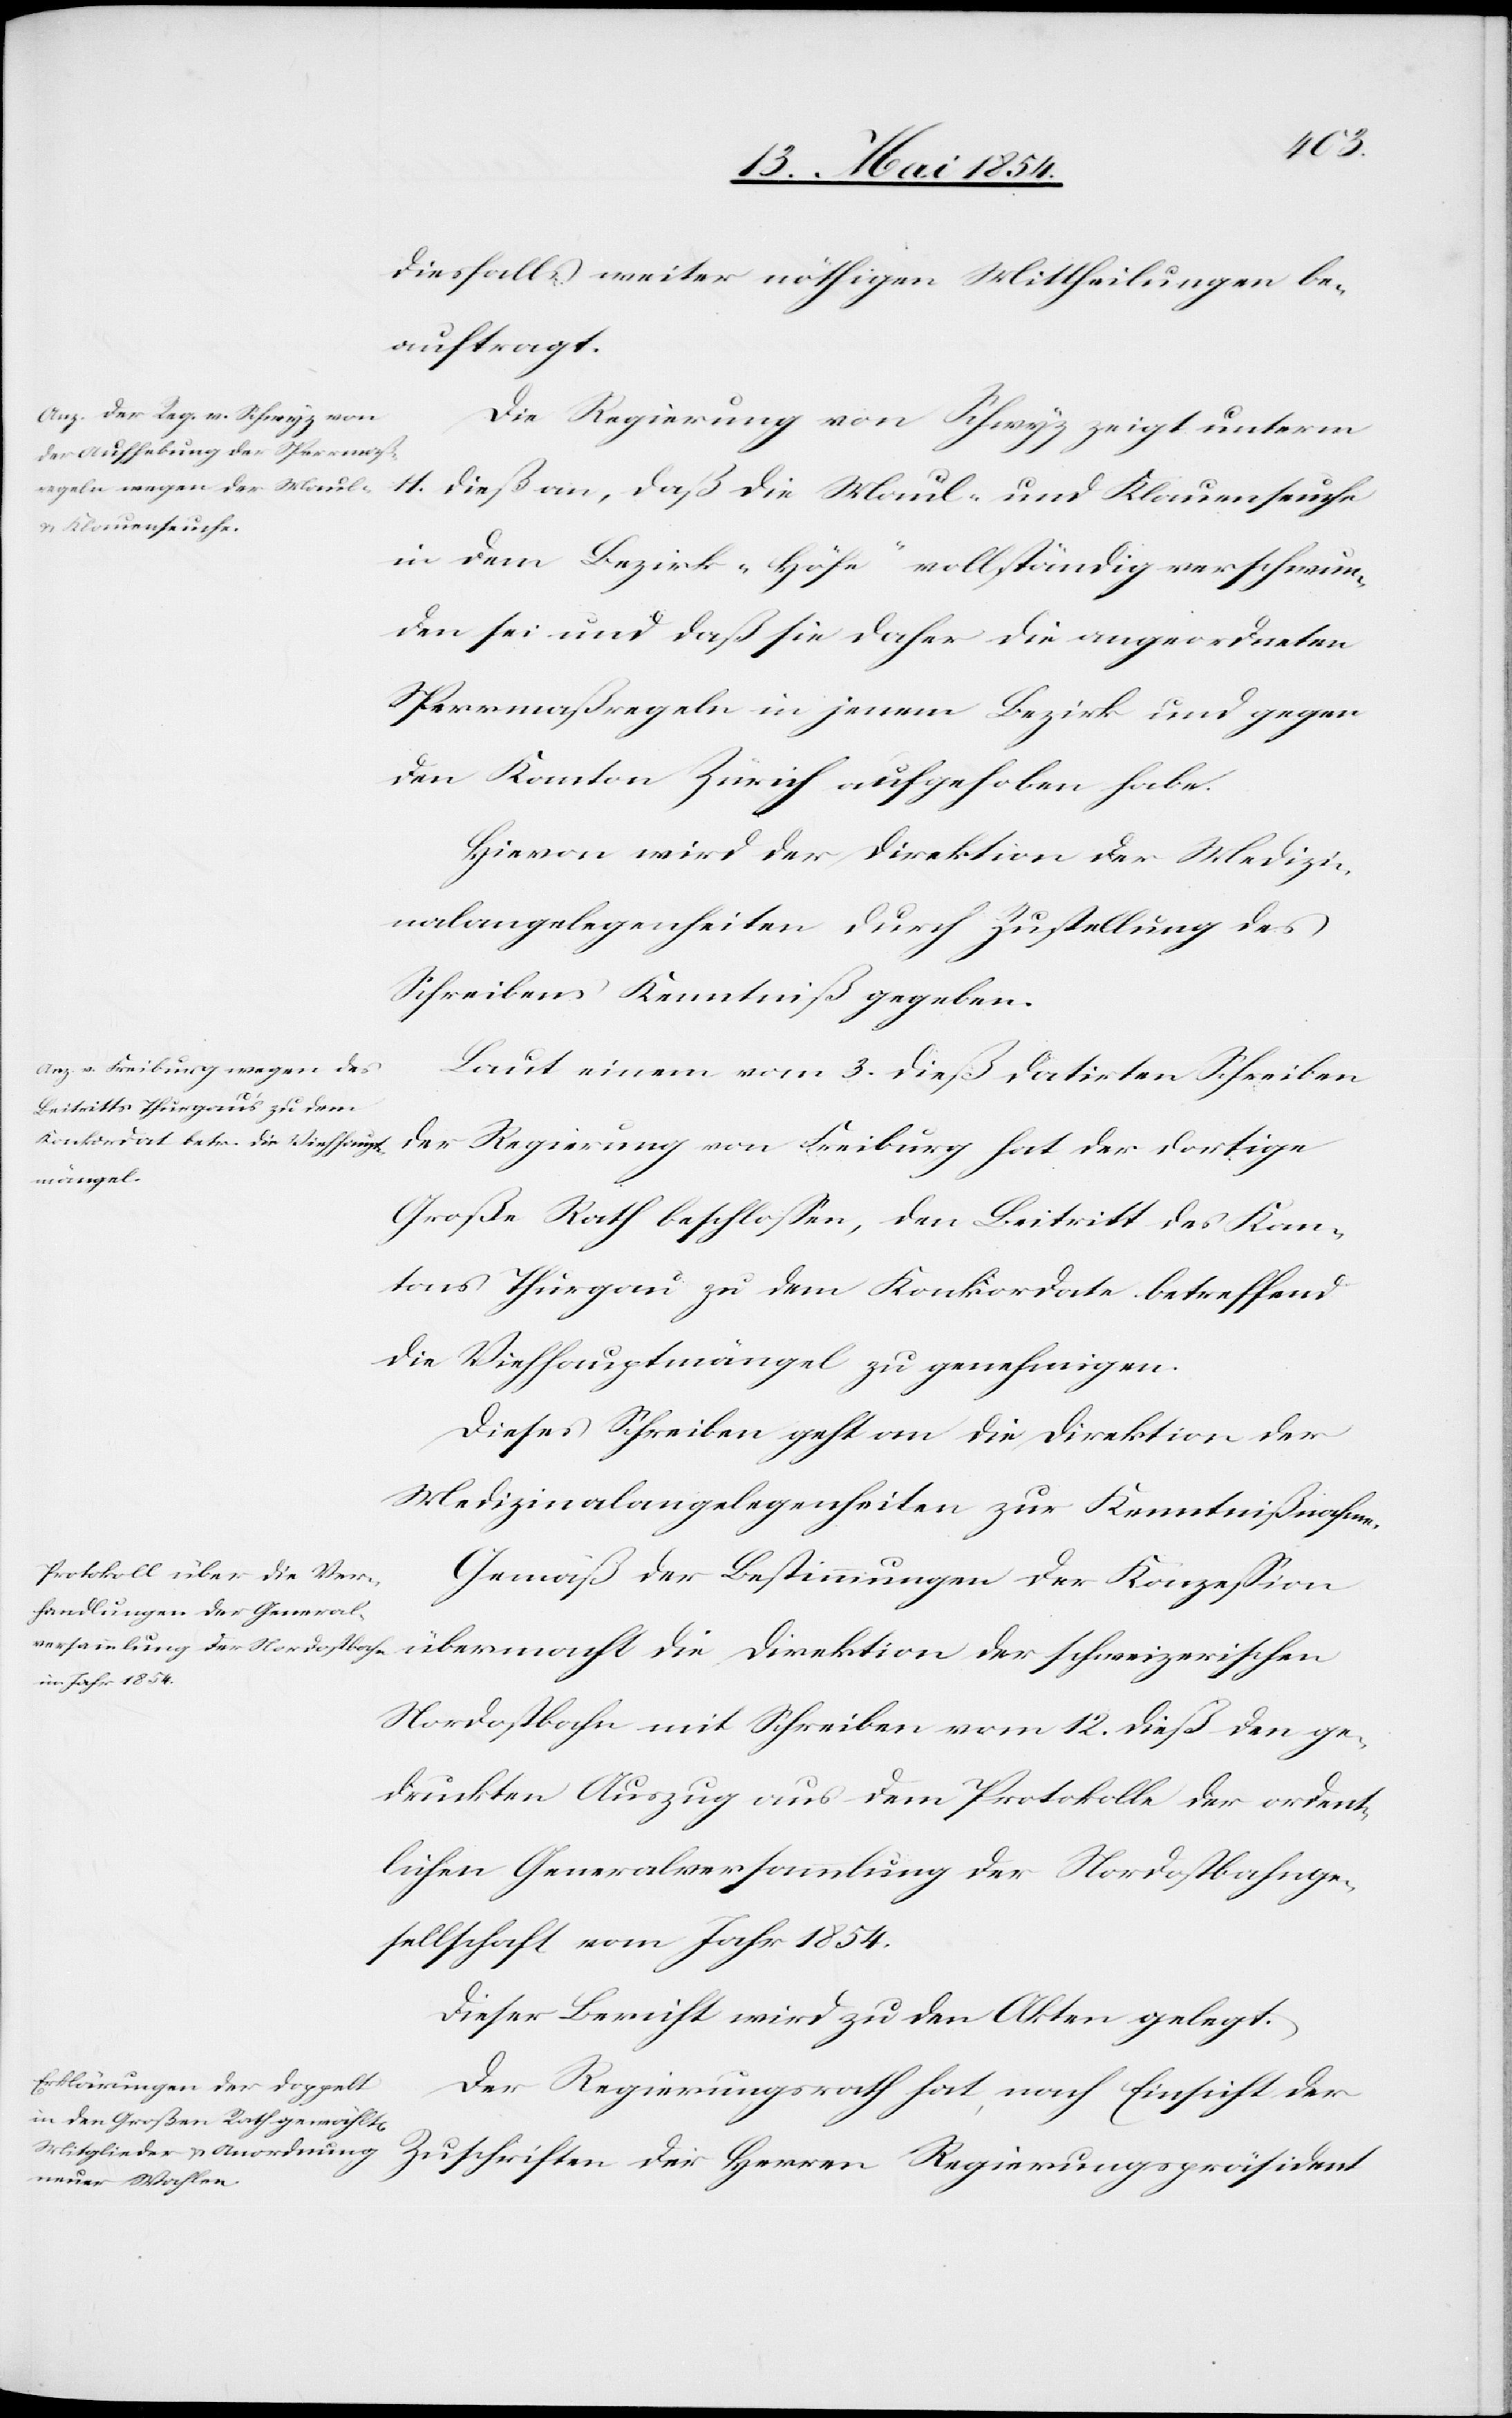
diesfalls weiter nöthigen Mittheilungen be¬
auftragt.
Die Regierung von Schwyz zeigt unterm
11. dieß an, daß die Maul- und Klauenseuche
in dem Bezirk „Höfe“ vollständig verschwun¬
den sei und daß sie daher die angeordneten
Sperrmaßregeln in jenem Bezirk und gegen
den Kanton Zürich aufgehoben habe.
Hievon wird der Direktion der Medizi¬
nalangelegenheiten durch Zustellung des
Schreibens Kenntniß gegeben.
Laut einem vom 3. dieß datirten Schreiben
der Regierung von Freiburg hat der dortige
Große Rath beschloßen, den Beitritt des Kan¬
tons Thurgau zu dem Konkordate betreffend
die Viehhauptmängel zu genehmigen.
Dieses Schreiben geht an die Direktion der
Medizinalangelegenheiten zur Kenntnißnahme.
Gemäß der Bestimmungen der Konzeßion
übermacht die Direktion der schweizerischen
Nordostbahn mit Schreiben vom 12. dieß den ge¬
druckten Auszug aus dem Protokolle der ordent¬
lichen Generalversammlung der Nordostbahnge¬
sellschaft vom Jahr 1854.
Dieser Bericht wird zu den Akten gelegt.
Der Regierungsrath hat, nach Einsicht der
Zuschriften der Herren Regierungspräsident